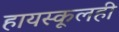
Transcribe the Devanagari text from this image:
हायस्कूलही